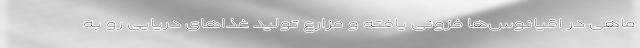
ماهی در اقیانوس‌ها فزونی یافته و مزارع تولید غذا‌های دریایی رو به